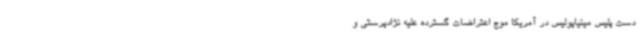
دست پلیس مینیاپولیس در آمریکا موج اعتراضات گسترده علیه نژادپرستی و